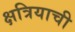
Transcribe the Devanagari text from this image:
क्षत्रियाची